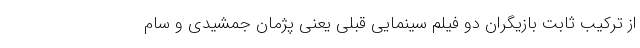
از ترکیب ثابت بازیگران دو فیلم سینمایی قبلی یعنی پژمان جمشیدی و سام